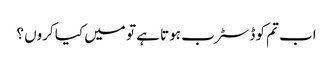
اب تم کو ڈسٹرب ہوتا ہے تو میں کیا کروں ؟